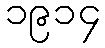
၁၉၁၄